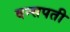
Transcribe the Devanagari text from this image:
वन्सपती